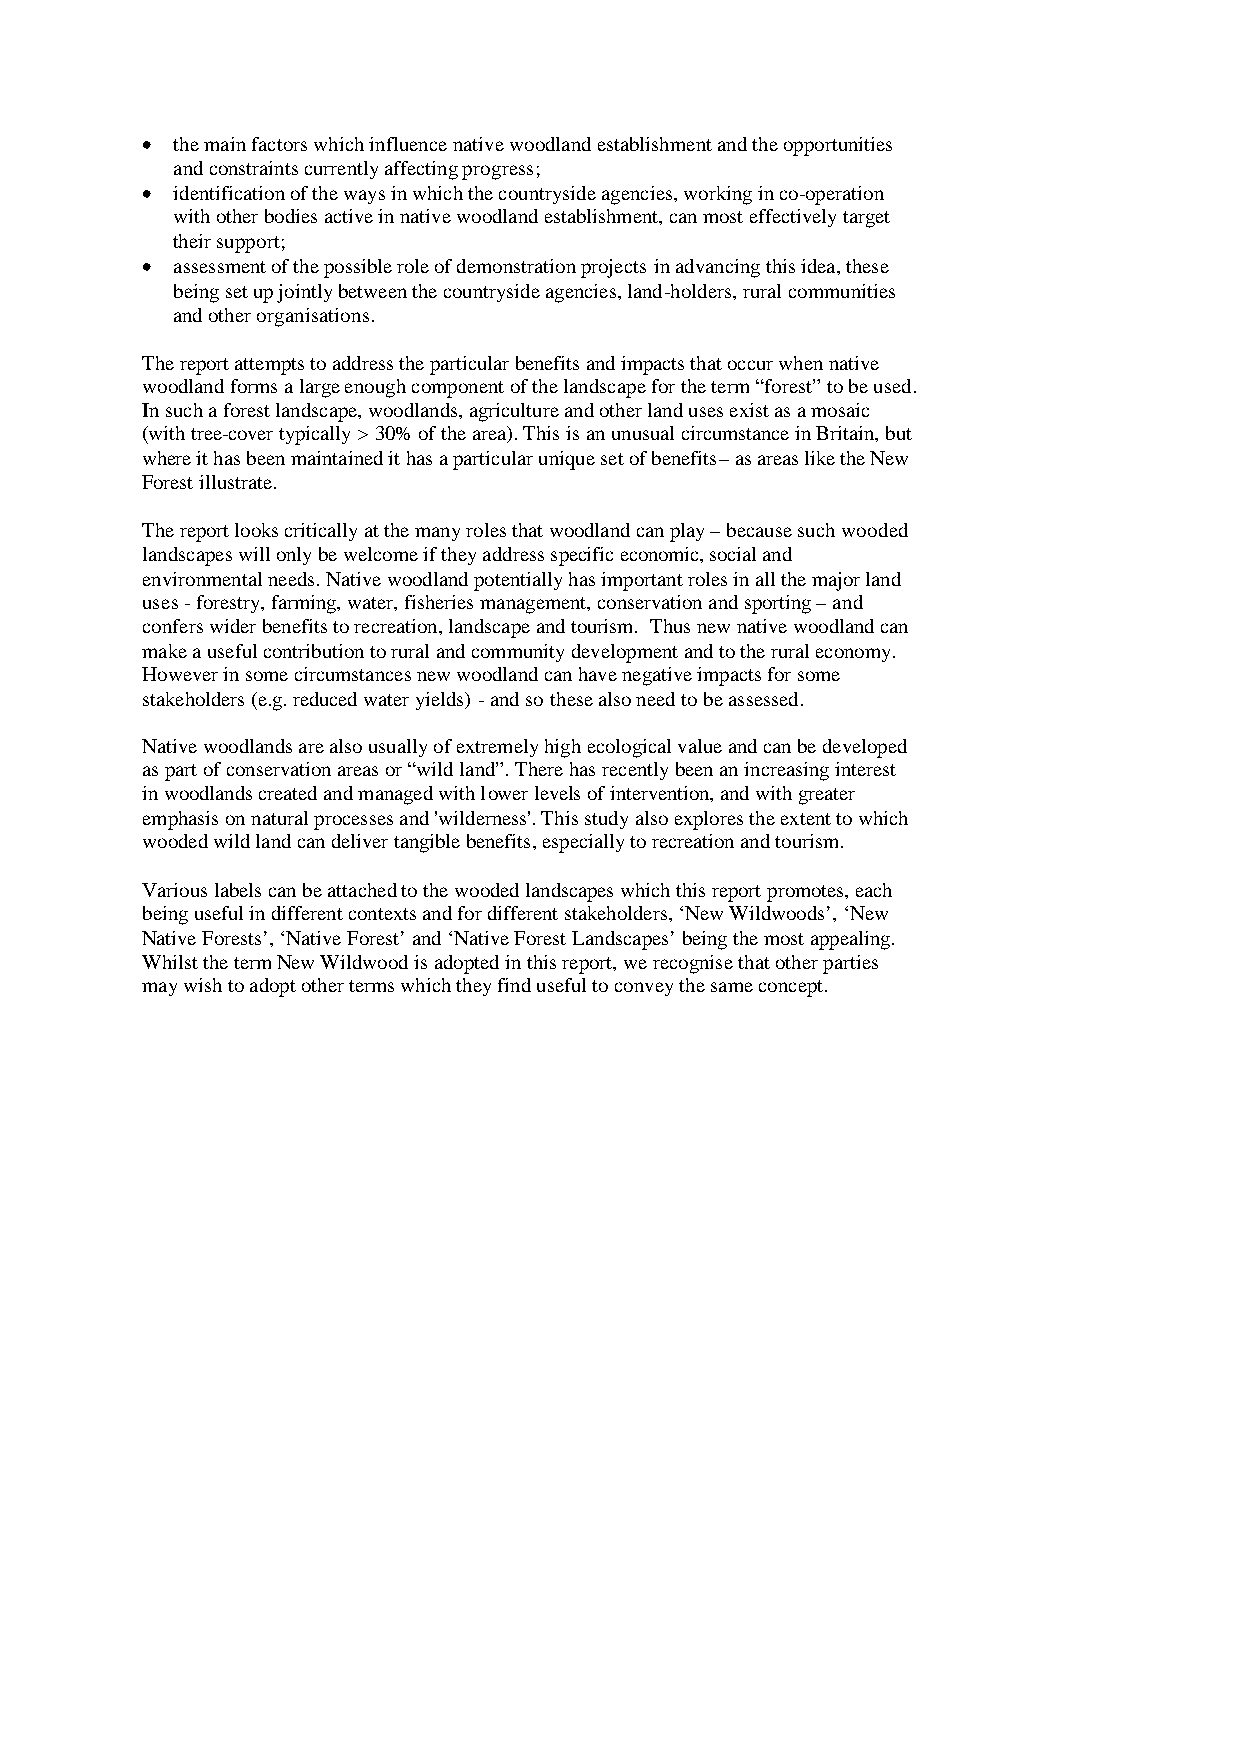
• the main factors which influence native woodland establishment and the opportunities
 and constraints currently affecting progress;
 • identification of the ways in which the countryside agencies, working in co-operation
 with other bodies active in native woodland establishment, can most effectively target
 their support;
 • assessment of the possible role of demonstration projects in advancing this idea, these
 being set up jointly between the countryside agencies, land-holders, rural communities
 and other organisations.
 The report attempts to address the particular benefits and impacts that occur when native
 woodland forms a large enough component of the landscape for the term “forest” to be used.
 In such a forest landscape, woodlands, agriculture and other land uses exist as a mosaic
 (with tree-cover typically > 30% of the area). This is an unusual circumstance in Britain, but
 where it has been maintained it has a particular unique set of benefits– as areas like the New
 Forest illustrate.
 The report looks critically at the many roles that woodland can play – because such wooded
 landscapes will only be welcome if they address specific economic, social and
 environmental needs. Native woodland potentially has important roles in all the major land
 uses - forestry, farming, water, fisheries management, conservation and sporting – and
 confers wider benefits to recreation, landscape and tourism. Thus new native woodland can
 make a useful contribution to rural and community development and to the rural economy.
 However in some circumstances new woodland can have negative impacts for some
 stakeholders (e.g. reduced water yields) - and so these also need to be assessed.
 Native woodlands are also usually of extremely high ecological value and can be developed
 as part of conservation areas or “wild land”. There has recently been an increasing interest
 in woodlands created and managed with lower levels of intervention, and with greater
 emphasis on natural processes and 'wilderness'. This study also explores the extent to which
 wooded wild land can deliver tangible benefits, especially to recreation and tourism.
 Various labels can be attached to the wooded landscapes which this report promotes, each
 being useful in different contexts and for different stakeholders, ‘New Wildwoods’, ‘New
 Native Forests’, ‘Native Forest’ and ‘Native Forest Landscapes’ being the most appealing.
 Whilst the term New Wildwood is adopted in this report, we recognise that other parties
 may wish to adopt other terms which they find useful to convey the same concept.